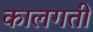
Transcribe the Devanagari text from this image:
कालगती